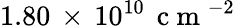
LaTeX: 1.80\, \times\, 10^{10}\, \mathrm{~c~m~}^{-2}